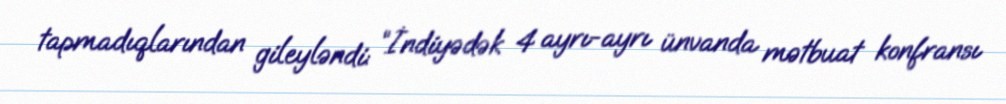
tapmadıqlarından gileyləndi: “İndiyədək 4 ayrı-ayrı ünvanda mətbuat konfransı